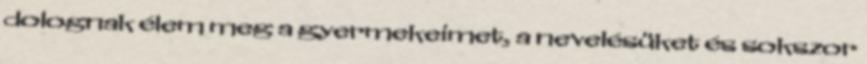
dolognak élem meg a gyermekeimet, a nevelésüket és sokszor